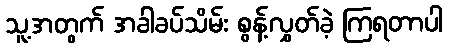
သူ့အတွက် အခါခပ်သိမ်း စွန့်လွှတ်ခဲ့ ကြရတာပါ